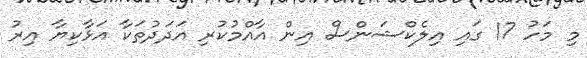
މި މަހު 17 ގައި އިލެކްޝަންސް އިން އާއްމުކުރި އަދަދުތަކާ އަޅާކިޔާ އިރު